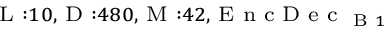
_ { \textrm { L } : 1 0 , \textrm { D } : 4 8 0 , \textrm { M } : 4 2 , \textrm { E n c D e c } _ { \textrm { B } 1 } }